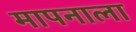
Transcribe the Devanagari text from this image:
मापनाला